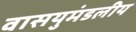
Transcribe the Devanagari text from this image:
वासयुमंडलीय